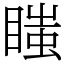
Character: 𥉍